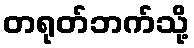
တရုတ်ဘက်သို့